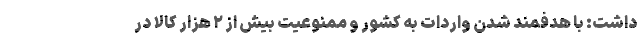
داشت: با هدفمند شدن واردات به کشور و ممنوعیت بیش از ۲ هزار کالا در